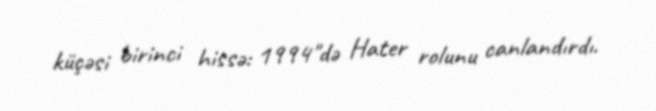
küçəsi birinci hissə: 1994"də Hater rolunu canlandırdı.